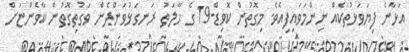
އަޅާނެ ފިޔަވަޅުތަކެއް ނިންމަވައިފިއެވެ. މިގޮތުން ކޮވިޑް-19 ގެ ޙާލަތު ރަނގަޅުވަންދެން ވަގުތިގޮތުން ކާވެންޏަށް